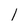
Character: 1